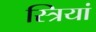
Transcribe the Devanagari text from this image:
स्‍त्रियां